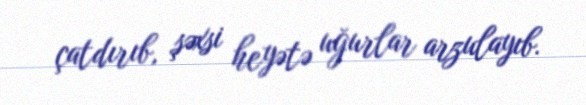
çatdırıb, şəxsi heyətə uğurlar arzulayıb.